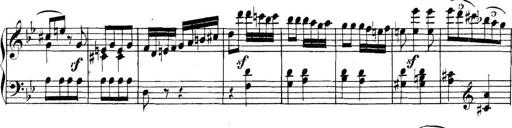
Title: Collected Piano Sonatas
Composer: Muzio Clementi